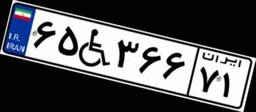
۰۴W۴۳۰۳۹